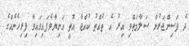
ދެ ފަސިންޖަރުން ސަލާމަތްވި އިރު އެ ތުއްތު ކުއްޖާ އޮތީ އަނިޔާވެފައިވައިވާ ފިރިހެނެއްގެ